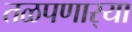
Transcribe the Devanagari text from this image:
तळपणार्‍या